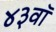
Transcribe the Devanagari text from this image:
४३वॉ